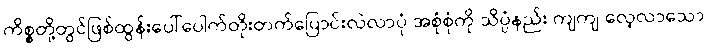
ကိစ္စတို့တွင်ဖြစ်ထွန်းပေါ်ပေါက်တိုးတက်ပြောင်းလဲလာပုံ အစုံစုံကို သိပ္ပံနည်း ကျကျ လေ့လာသော